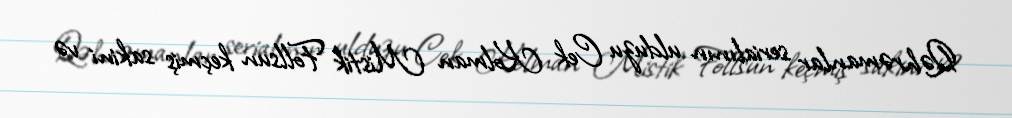
Qəhrəmanlar serialının ulduzu Cek Kolman Mistik Follsun keçmiş sakini və